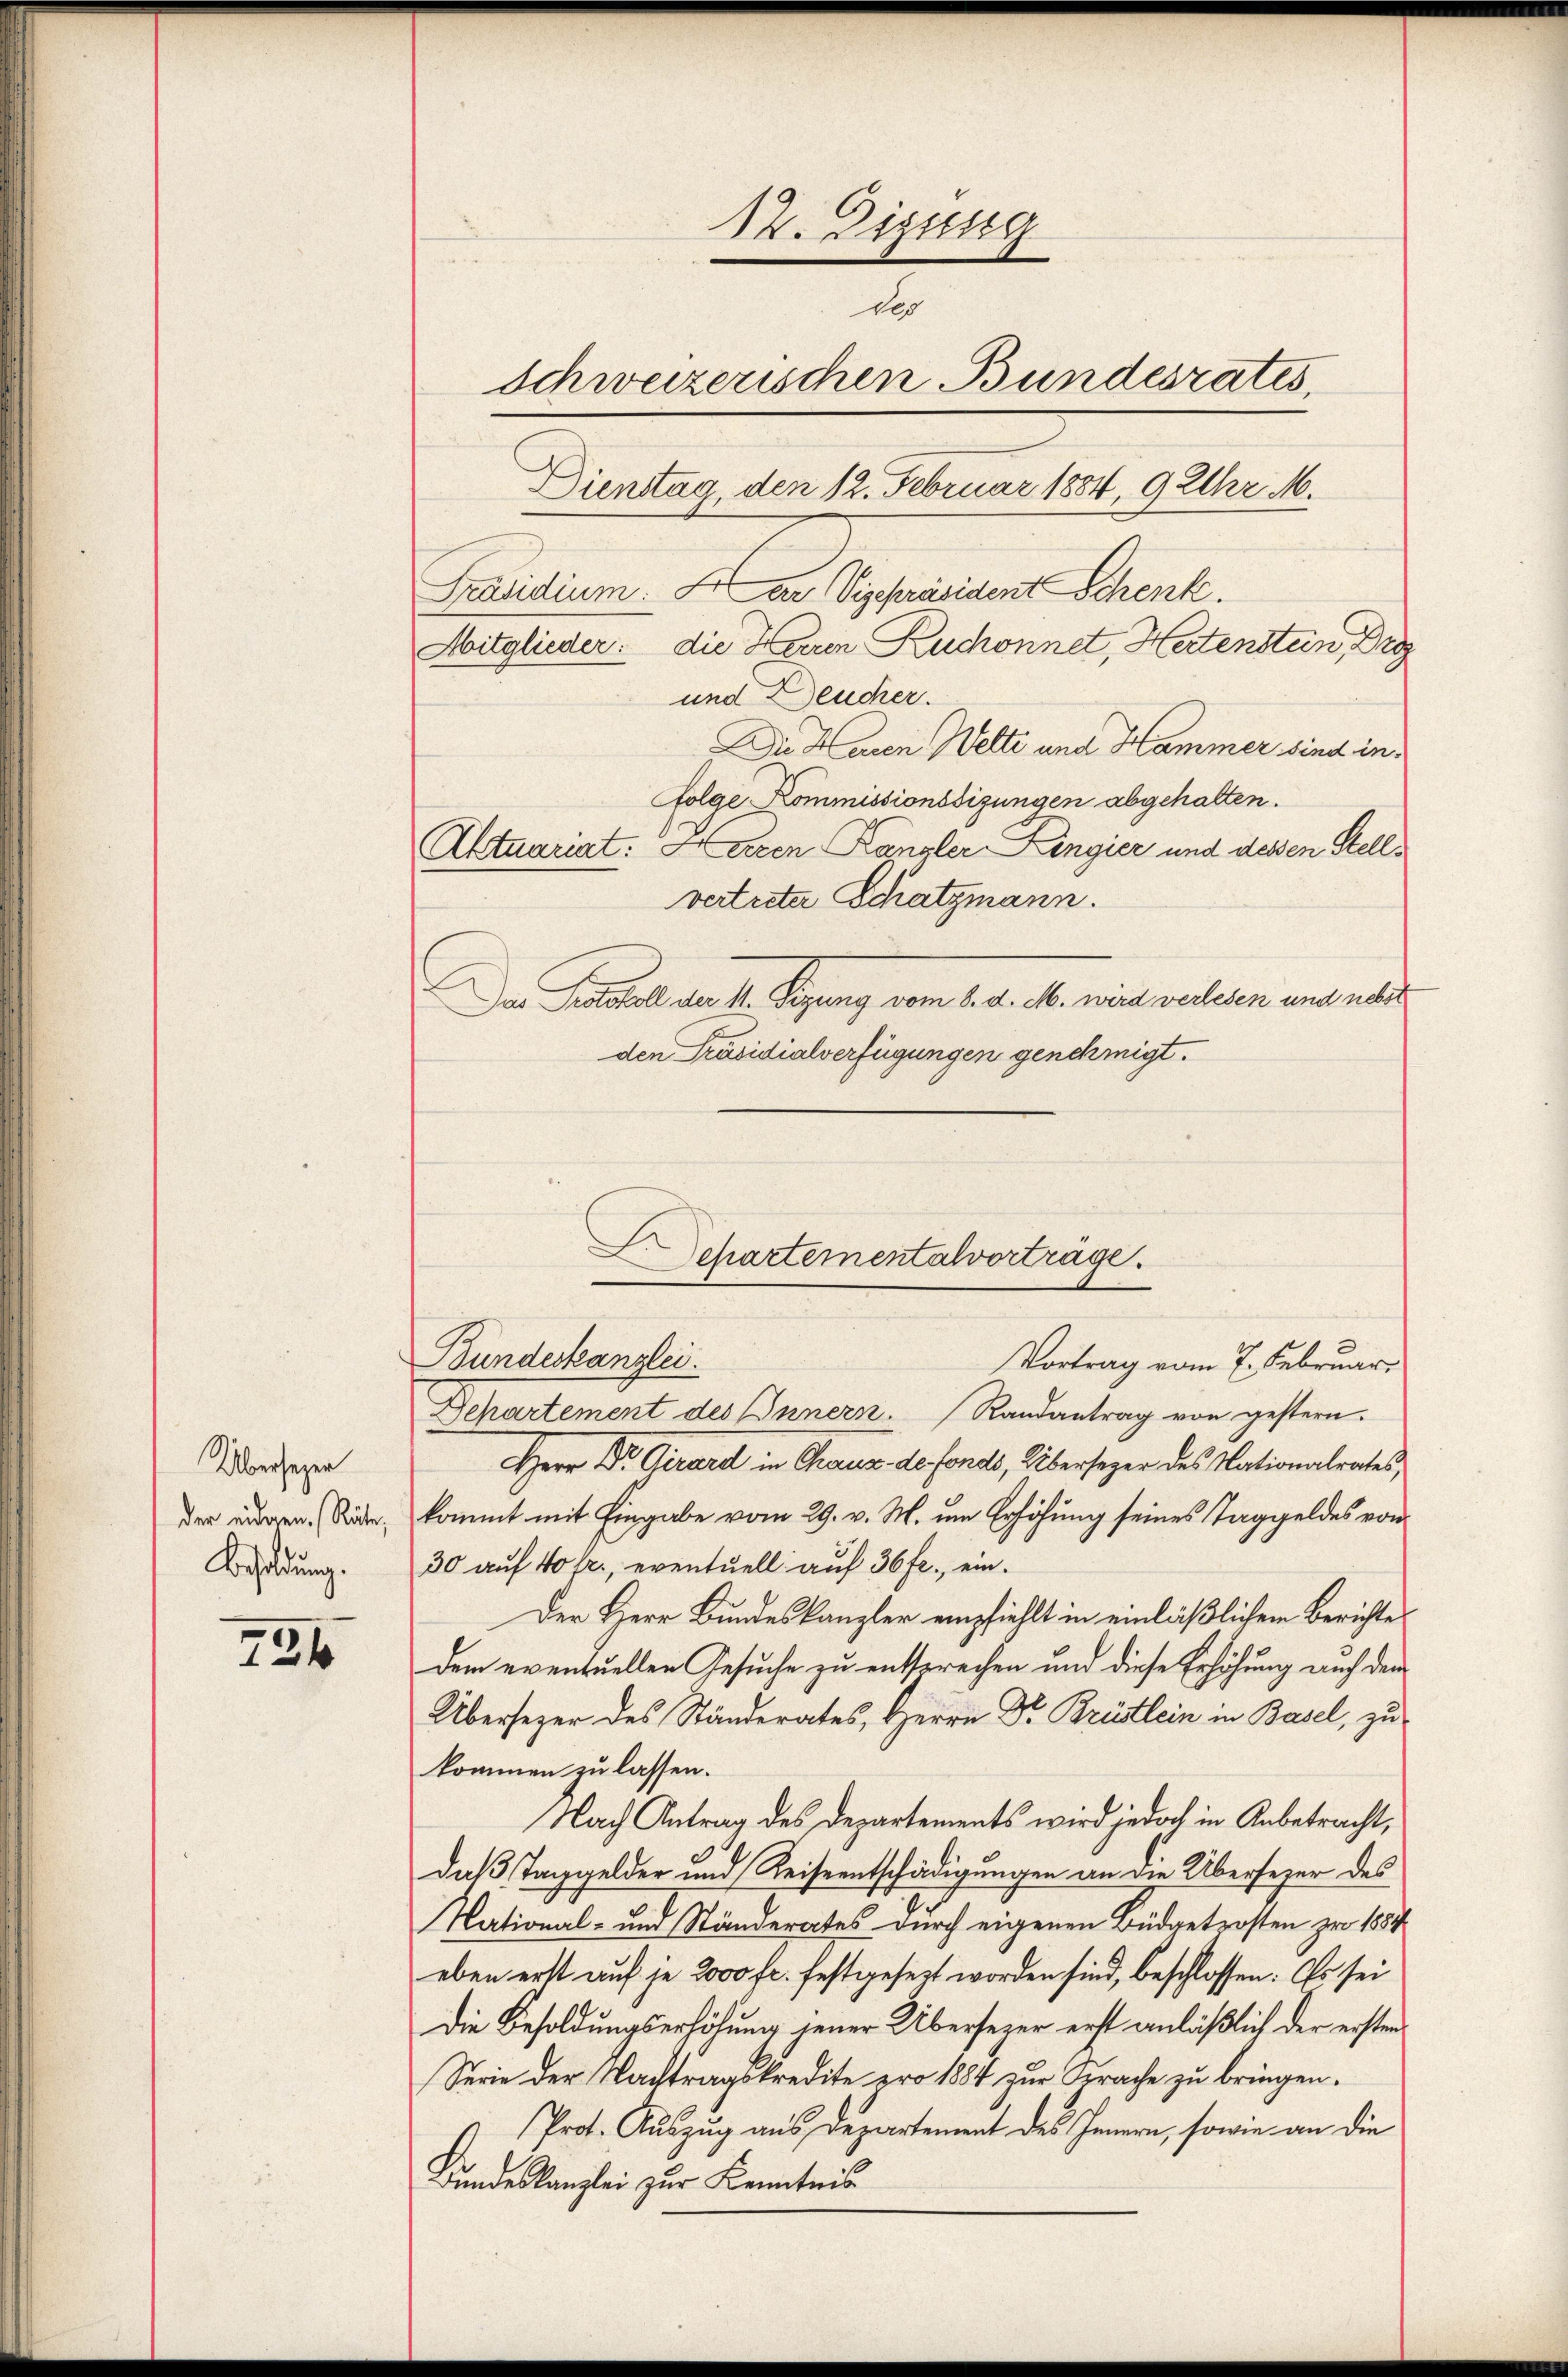
Übersezer
der eidgen. Räte,
Besoldung.

234

12. Digusig
des
Schweizerischen Bundesrates,
Dienstag, den 12. Februar 1884, 9 Uhr M.

Präsidium. Der Vizepräsident Schenke.
Mitglieder: die Herren Ruchonnet, Hertenstein, Dr
und Deucher.
Die Haren Welti und Hammer sind in
folge Kommissionssizungen abgehalten.
Aktuariat: Herren Kanzler Lingier und dessen Stellvertreter Schatzmann.
ar Feriell der II. Segung vom 8. d. M. wird verlesen und unter
den Präsidialverfügungen genehmigt.
Departement des Innern. Randantrag von gestern.
Herr Dr. Girard in Chaus de fonds, Übersezer des Nationalrates,
kommt mit Eingabe vom 29. v. M. um Erhöhung seines Taggeldes von
30 auf 40 fr., eventuell auf 36 fr., ein
Der Herr Bundeskanzler empfiehlt in einläßlichem Berichte
dem eventuellen Gesuche zu entsprechen und diese Erhöhung auch den
Übersezer des Ständerates, Herrn Dr. Brüstlein in Basel, zu
kommen zu lassen.
Nach Antrag des Departements wird jedoch in Anbetracht,
daß Taggelder und Reiseentschädigungen an die Übersezer des
National- und Ständerates durch eigenen Büdgetrosten zur 1854
eben erst auf je 2000 fr. festgesezt worden sind, beschlossen: Es sei
Die Besoldungserhöhung jener Übersezer erst anläßlich der ersten¬
Serie der Nachtragskredite pro 1884 zur Sprache zu bringen.
Prot. Auszug aus Departement des Innern, sowie an die
Bundeskanzlei zur Kenntnis

Departementalvorträge.
Bundeskanzlei.
Vortrag vom 7. Februar